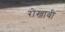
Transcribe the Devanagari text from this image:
रोखावी